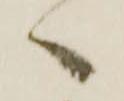
へ